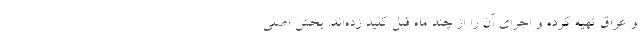
و عراق تهیه کرده و اجرای آن را از چند ماه قبل کلید زده‌اند. بخش اصلی